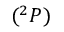
( ^ { 2 } P )